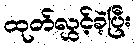
ထုတ်လွှင့်ခဲ့ပြီး